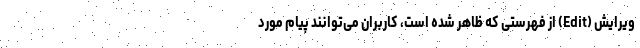
ویرایش (Edit) از فهرستی که ظاهر شده است، کاربران می‌توانند پیام مورد